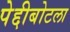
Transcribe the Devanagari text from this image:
पेद्दीबोटला